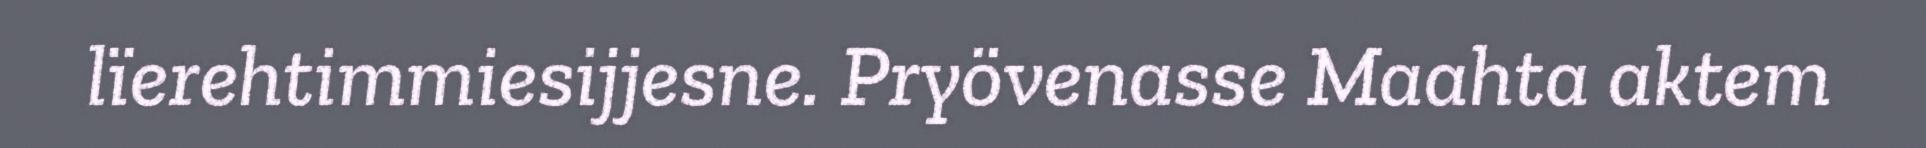
lïerehtimmiesijjesne. Pryövenasse Maahta aktem